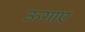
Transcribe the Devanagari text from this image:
ऊगाए